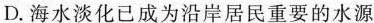
D.海水淡化已成为沿岸居民重要的水源